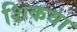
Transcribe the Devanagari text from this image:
शिकवा